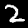
Digit: 2